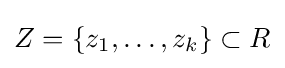
Z=\{z_{1},\ldots ,z_{k}\}\subset R